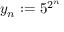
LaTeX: y _ { n } : = 5 ^ { 2 ^ { n } }